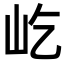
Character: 屹